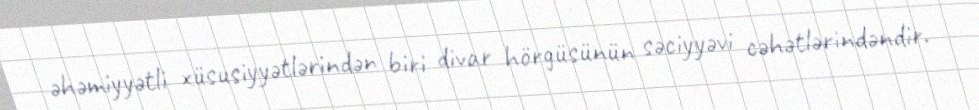
əhəmiyyətli xüsusiyyətlərindən biri divar hörgüsünün səciyyəvi cəhətlərindəndir.